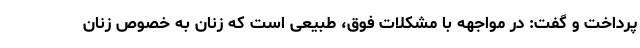
پرداخت و گفت: در مواجهه با مشکلات فوق، طبیعی است که زنان به خصوص زنان